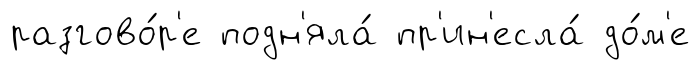
разгово́р'е подн'яла́ пр'ин'есла́ до́м'е